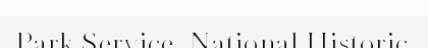
Park Service  National Historic